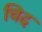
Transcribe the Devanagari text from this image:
चिद